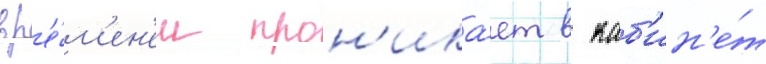
вр'е́м'ен'ем прон'ика́ет в каб'ин'е́т